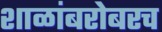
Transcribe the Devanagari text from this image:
शाळांबरोबरच